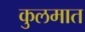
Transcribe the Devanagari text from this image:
कुलमात